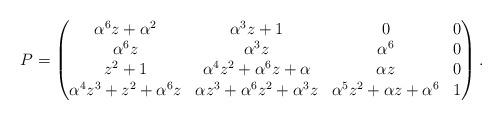
LaTeX: \begin{align*}P=\left(\begin{matrix}\alpha^{6} z + \alpha^{2} & \alpha^{3}z + 1 & 0 & 0 \\\alpha^{6} z &\alpha^{3} z &\alpha^{6} & 0 \\z^{2} + 1 & \alpha^{4} z^{2} +\alpha^{6} z + \alpha & \alpha z & 0 \\\alpha^{4} z^{3} + z^{2} + \alpha^{6} z & \alpha z^{3} + \alpha^{6} z^{2} +\alpha^{3} z & \alpha^{5}z^{2} + \alpha z + \alpha^{6} & 1\end{matrix}\right).\end{align*}